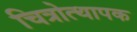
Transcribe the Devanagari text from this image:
चित्रोत्थापक